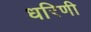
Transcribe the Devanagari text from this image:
धरिणी